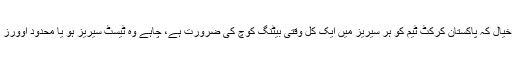
”میرا نہیں خیال کہ پاکستان کرکٹ ٹیم کو ہر سیریز میں ایک کل وقتی بیٹنگ کوچ کی ضرورت ہے، چاہے وہ ٹیسٹ سیریز ہو یا محدود اوورز کی سیریز۔